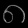
Digit: ၈